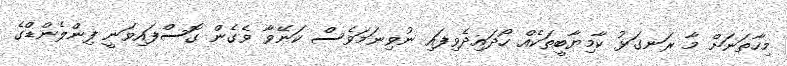
މިހާތަނަށް މާ ރަނގަޅު ކާމިޔާބީތަކެއް ހޯދައިދެވިފައި ނުވިނަމަވެސް ކަނޭވާ ވެގެން ގޮސްފައިވަނީ ފިންލެންޑްގެ